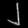
Digit: ၂